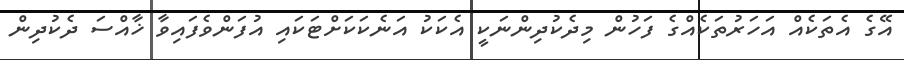
އޭގެ އެތަކެއް އަހަރުތަކެއްގެ ފަހުން މިދެކުދިންނަކީ އެކަކު އަނެކަކަށްޓަކައި އުފަންވެފައިވާ ޚާއްސަ ދެކުދިން